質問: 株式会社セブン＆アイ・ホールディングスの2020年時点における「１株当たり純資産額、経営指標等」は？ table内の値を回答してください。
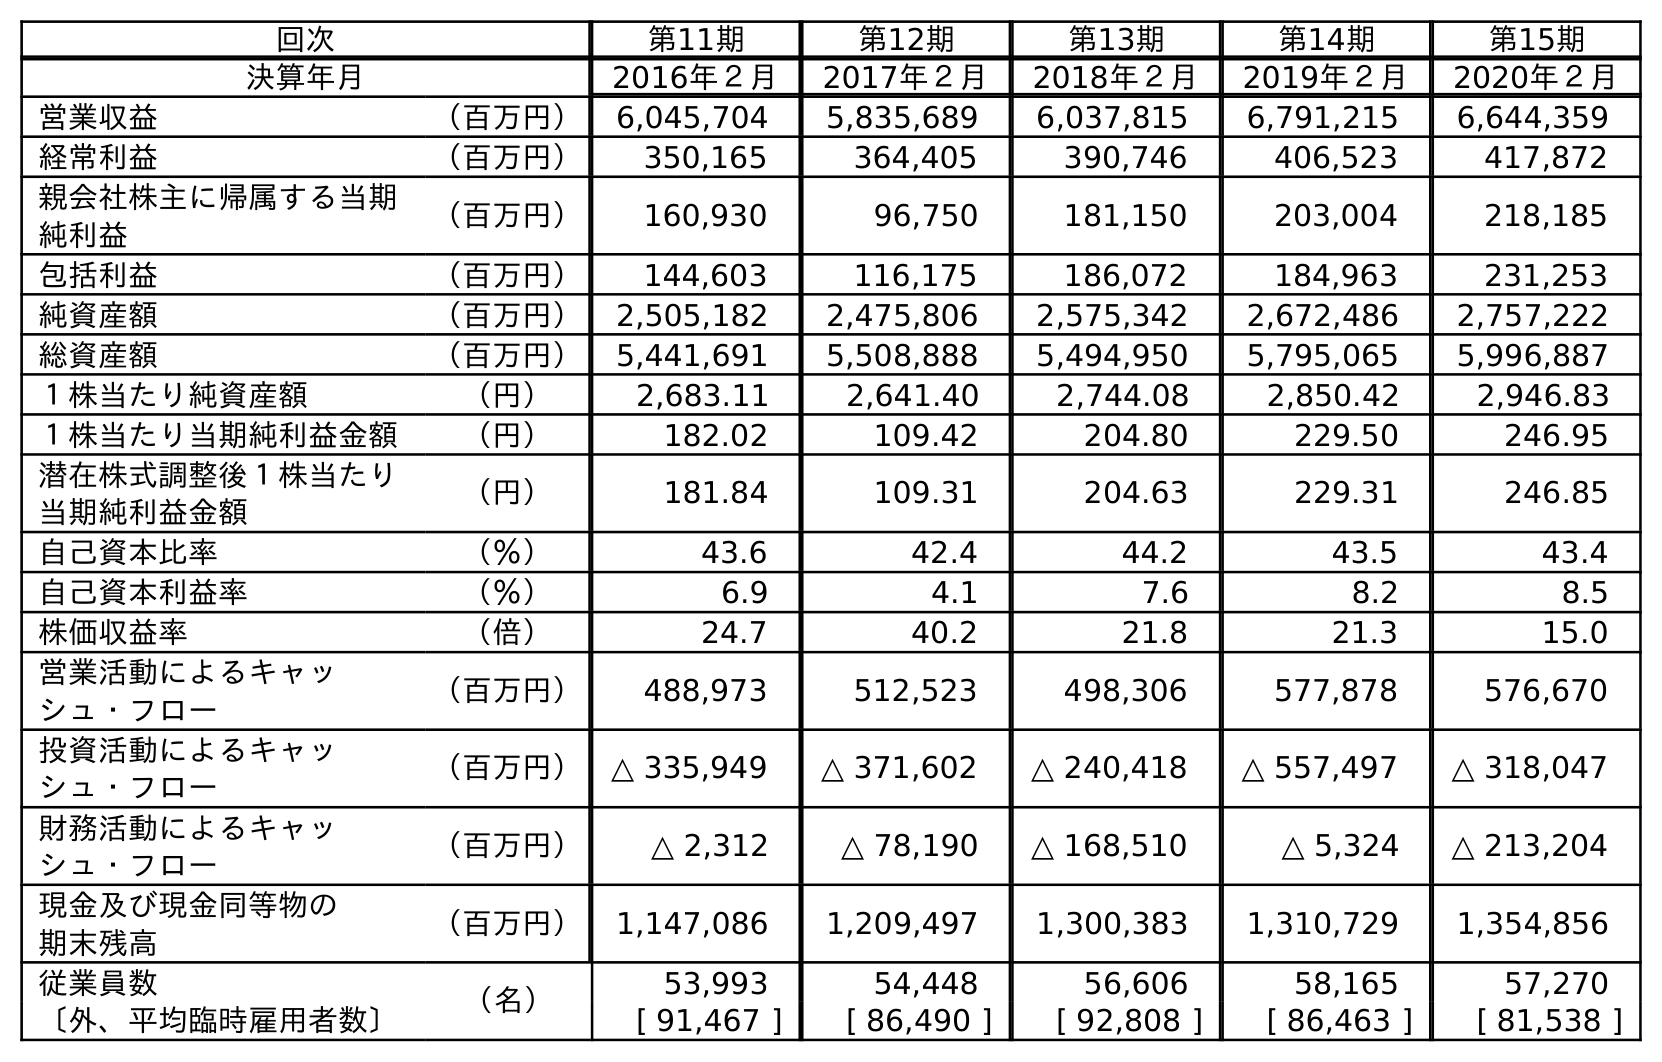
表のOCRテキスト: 回次 第11期 第12期 第13期 第14期 第15期 決算年月 2016年２月 2017年２月 2018年２月 2019年２月 2020年２月 営業収益 （百万円） 6,045,704 5,835,689 6,037,815 6,791,215 6,644,359 経常利益 （百万円） 350,165 364,405 390,746 406,523 417,872 親会社株主に帰属する当期 純利益 （百万円） 160,930 96,750 181,150 203,004 218,185 包括利益 （百万円） 144,603 116,175 186,072 184,963 231,253 純資産額 （百万円） 2,505,182 2,475,806 2,575,342 2,672,486 2,757,222 総資産額 （百万円） 5,441,691 5,508,888 5,494,950 5,795,065 5,996,887 １株当たり純資産額 （円） 2,683.11 2,641.40 2,744.08 2,850.42 2,946.83 １株当たり当期純利益金額 （円） 182.02 109.42 204.80 229.50 246.95 潜在株式調整後１株当たり 当期純利益金額 （円） 181.84 109.31 204.63 229.31 246.85 自己資本比率 （％） 43.6 42.4 44.2 43.5 43.4 自己資本利益率 （％） 6.9 4.1 7.6 8.2 8.5 株価収益率 （倍） 24.7 40.2 21.8 21.3 15.0 営業活動によるキャッ シュ・フロー （百万円） 488,973 512,523 498,306 577,878 576,670 投資活動によるキャッ シュ・フロー （百万円） △ 335,949 △ 371,602 △ 240,418 △ 557,497 △ 318,047 財務活動によるキャッ シュ・フロー （百万円） △ 2,312 △ 78,190 △ 168,510 △ 5,324 △ 213,204 現金及び現金同等物の 期末残高 （百万円） 1,147,086 1,209,497 1,300,383 1,310,729 1,354,856 従業員数 （名） 53,993 54,448 56,606 58,165 57,270 〔外、平均臨時雇用者数〕 [ 91,467 ] [ 86,490 ] [ 92,808 ] [ 86,463 ] [ 81,538 ]
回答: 2,946.83